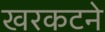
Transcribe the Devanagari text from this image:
खरकटने